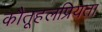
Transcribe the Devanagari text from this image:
कौतूहलप्रियता